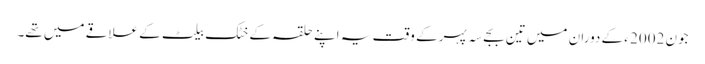
جون 2002 ء کے دوران میں تین بجے سہ پہر کے وقت یہ اپنے حلقہ کے خٹک بیلٹ کے علاقے میں تھے۔